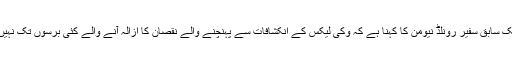
امریکہ کے ایک سابق سفیر رونلڈ نیومن کا کہنا ہے کہ وکی لیکس کے انکشافات سے پہنچنے والے نقصان کا ازالہ آنے والے کئی برسوں تک نہیں ہو سکے گا ۔